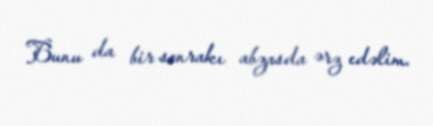
Bunu da bir sonrakı abzasda ərz edəlim.